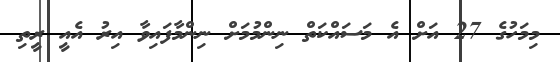
މިމަހުގެ 27 އަށް އެ މަސައްކަތް ނިންމުމަށް ނިންމާފައިވާ އިރު އެއީ ރީތި